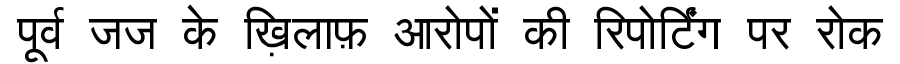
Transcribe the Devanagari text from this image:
पूर्व जज के ख़िलाफ़ आरोपों की रिपोर्टिंग पर रोक